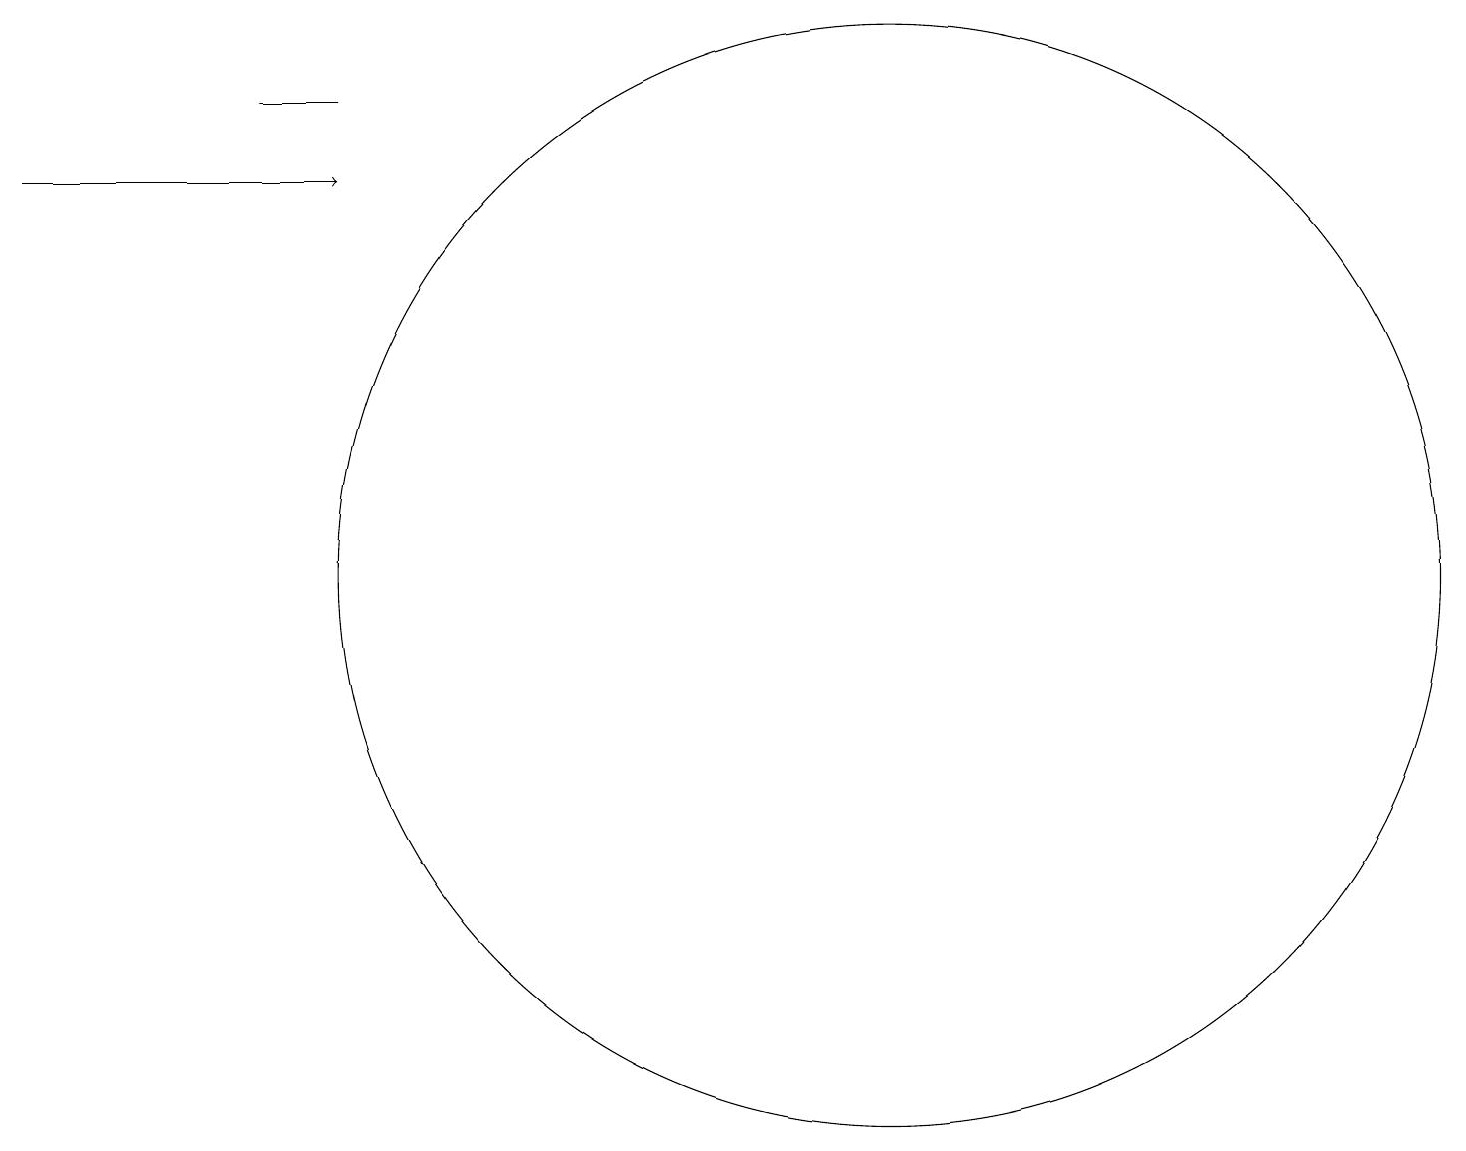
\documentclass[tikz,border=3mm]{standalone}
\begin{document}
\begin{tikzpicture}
\draw (11,11) circle (7);
\draw (4,17) rectangle (3,17);
\draw[->] (0,16) -- (4,16);
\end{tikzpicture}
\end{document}